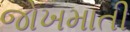
જોખમાતી